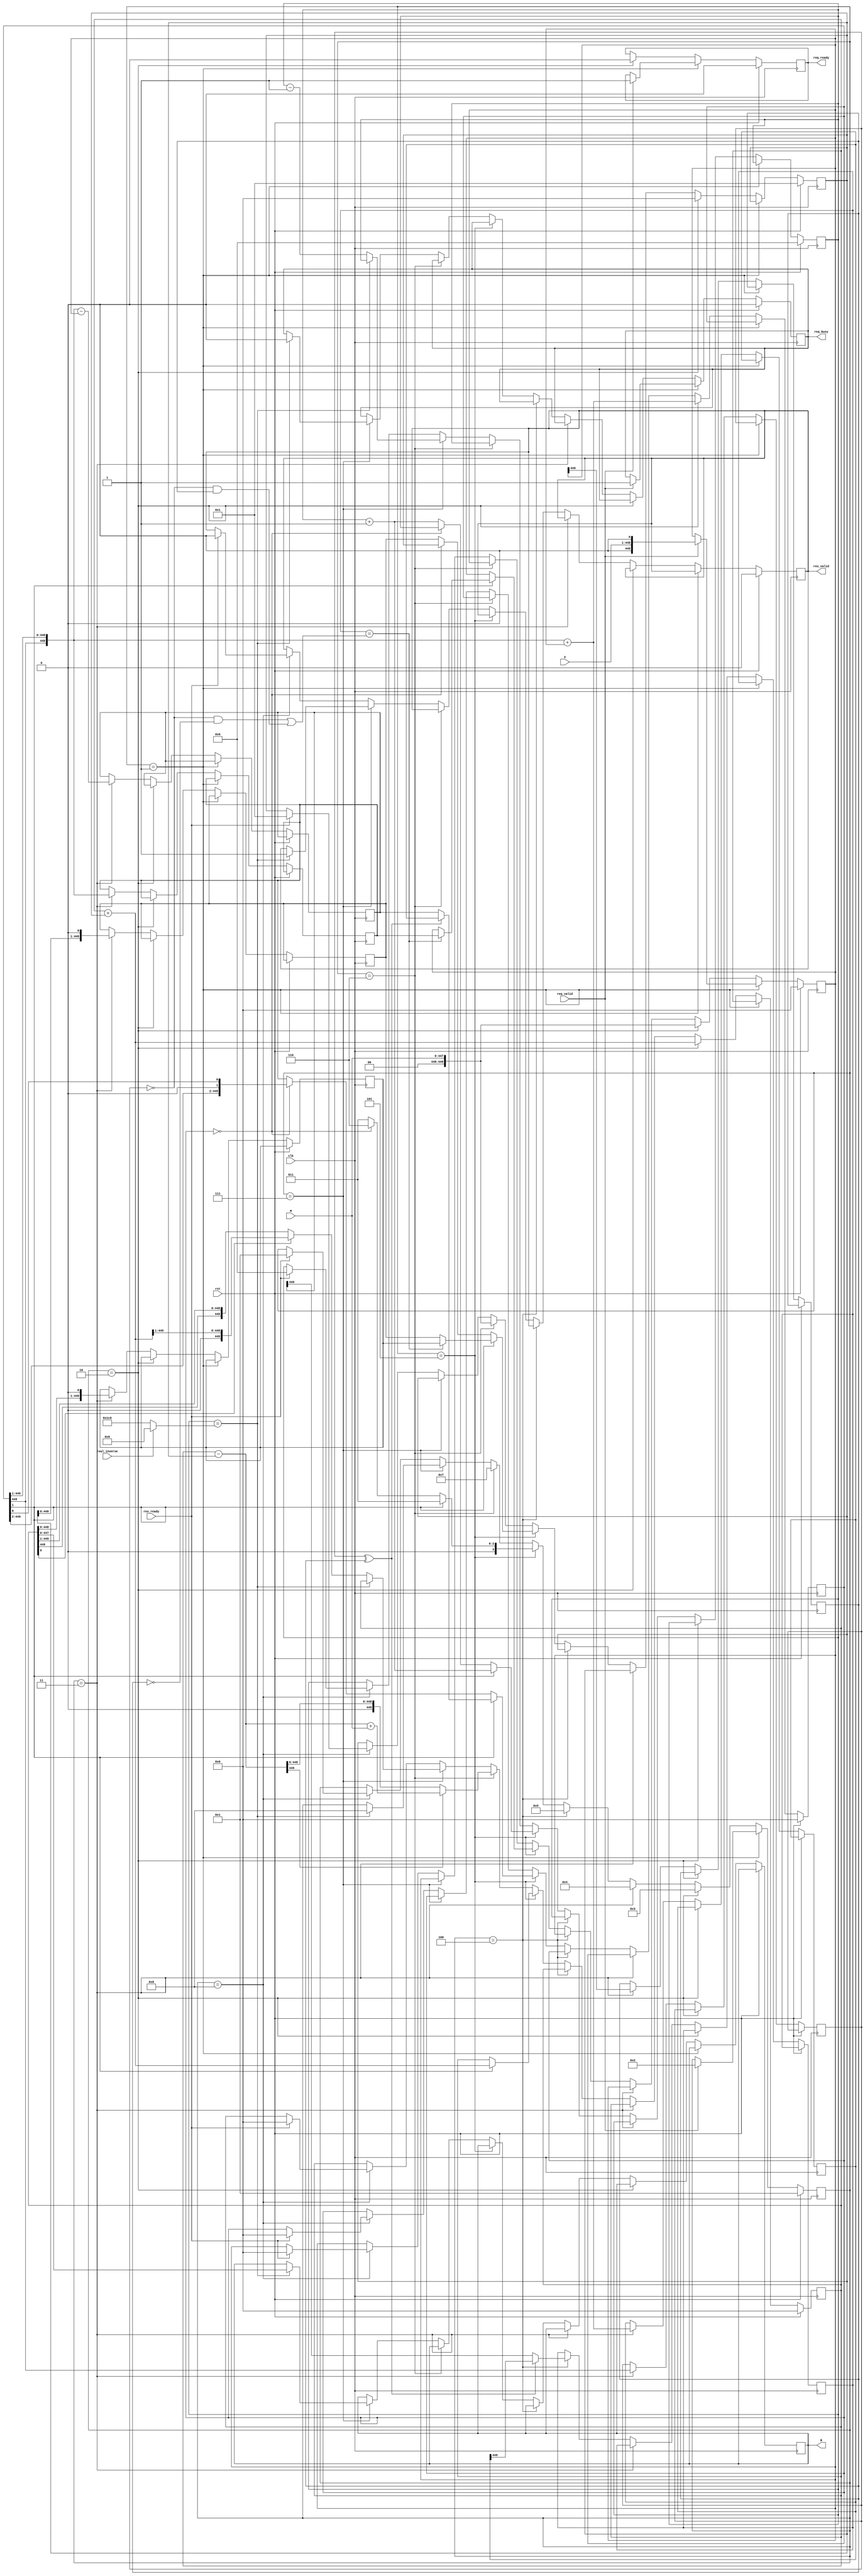
// Montgomery modular imverse implementation based on
//
//  Dormale, G.M. & Bulens, P. & Quisquater, Jean-Jacques. (2005).
//  An improved Montgomery modular inversion targeted for efficient
//  implementation on FPGA. 441 - 444. 10.1109/FPT.2004.1393320. 

// Input X in 1:M-1 and M
// Output R in 1:M-1 where R = Xinv*2^n mod M
//  if real_inverse == false, then n = bit size of M else n = 0
module inv_montgomery #(parameter N = 448)
   (input clk,
    input rst,
    input [N-1:0] X,
    input [N-1:0] M,
    output reg [N-1:0] R,
    input real_inverse,
    input req_valid,
    output reg req_ready,
    output reg req_busy,
    output reg res_valid,
    input res_ready);

   // Phase1
   reg [3:0] state;
   reg [10:0] k;
   wire [10:0] n_ph2;
   reg [(N+2)-1:0] Luv, Ruv, Lrs, Rrs;
   reg [(N+2)-1:0] hLuv, dLuv, hRrs, dRrs, dLrs, addLuv, subLuv;
   wire [(N+2)-1:0] subLrs, hLrs, addLrs;
   reg SLuv, SRuv, nSLuv;
   wire nSLrs;

   assign n_ph2 = (real_inverse) ? 0 : N;

   assign subLrs = Lrs - Rrs;
   assign nSLrs = subLrs[(N+2)-1];
   assign hLrs = { Lrs[(N+2)-1:(N+2)-1], Lrs[(N+2)-1:1] };
   assign addLrs = Lrs + Rrs;
/*
    always @* begin
      if (state == S_PHASE1_END) begin
	 subLrs = Lrs - Rrs;
	 nSLrs = subLrs[(N+2)-1:(N+2)-1];
      end
      else if (state == S_LOOP2) begin
	 hLrs = { Lrs[(N+2)-1:(N+2)-1], Lrs[(N+2)-1:1] };
	 addLrs = Lrs + Rrs;
      end
   end // always @ *
*/
   localparam S_IDLE = 1;
   localparam S_READY = 2;
   localparam S_LOOP1_STEP1 = 3;
   localparam S_LOOP1_STEP2 = 4;
   localparam S_LOOP1_UPDATE = 5;
   localparam S_PHASE1_END = 6;
   localparam S_LOOP2 = 7;
   localparam S_POST = 8;
			
   always @(posedge clk) begin
      //$display($time,,,"istate=%d rst=%d", state, rst);
      
      if (rst) begin
	 state <= S_IDLE;
	 req_ready <= 0;
	 req_busy <= 0;
	 res_valid <= 0;
	 k <= 0;
	 Luv <= 0;
	 Ruv <= 0;
	 Lrs <= 0;
	 Rrs <= 1;
      end
      else if (state == S_IDLE) begin
	 if (req_valid == 1'b1) begin
	    Ruv <= { X, 1'b0 };
	    req_ready <= 1;
	    req_busy <= 1;
	    state <= S_READY;
	 end
      end
      else if (state == S_READY) begin
	 req_ready <= 0;
	 state <= S_LOOP1_STEP1;
	 Luv <= { Luv[(N+2)-1:(N+2)-1], Luv[(N+2)-1:1] } + Ruv;
	 Ruv <= M;
	 Lrs <= Lrs + Rrs;
	 Rrs <= 0;
      end
      else if (state == S_LOOP1_STEP1) begin
	 SLuv <= Luv[(N+2)-1:(N+2)-1];
	 SRuv <= Ruv[(N+2)-1:(N+2)-1];
	 hLuv <= { Luv[(N+2)-1:(N+2)-1], Luv[(N+2)-1:1] };
	 dLuv <= { Luv[(N+2)-2:0], 1'b0 };
	 hRrs <= { Rrs[(N+2)-1:(N+2)-1], Rrs[(N+2)-1:1] };
	 dRrs <= { Rrs[(N+2)-2:0], 1'b0 };
	 dLrs <= { Lrs[(N+2)-2:0], 1'b0 };
	 addLuv <= { Luv[(N+2)-1:(N+2)-1], Luv[(N+2)-1:1] } + Ruv;
	 subLuv <= { Luv[(N+2)-1:(N+2)-1], Luv[(N+2)-1:1] } - Ruv;
	 state <= S_LOOP1_STEP2;
      end
      else if (state == S_LOOP1_STEP2) begin
	 nSLuv = (SLuv ^ SRuv) ? addLuv[(N+2)-1:(N+2)-1] : subLuv[(N+2)-1:(N+2)-1];
	 state <= S_LOOP1_UPDATE;
      end
      else if (state == S_LOOP1_UPDATE) begin
	 //$display("Luv %d Ruv %d Lrs %d Rrs %d k %d", Luv, Ruv, Lrs, Rrs, k);
	 if (Luv[1:1] == 1'b0) begin
	    if (Luv == 0) begin
	       state <=  S_PHASE1_END;
	    end
	    else begin
	       //$display("@0");
	       Luv <= hLuv;
	       Rrs <= dRrs;
	       k <= k + 1;
	       state <=  S_LOOP1_STEP1;
	    end
	 end
	 else begin
	    //$display("@1 addLuv %d subLuv %d %d", addLuv, subLuv, nSLuv);
	    Lrs <= Lrs + Rrs;
	    Luv <= (SLuv ^ SRuv) ? addLuv : subLuv;
	    k <= k + 1;
	    if (nSLuv == ((~SLuv & ~SRuv) | (~SLuv & SRuv))) begin
	       //$display("@2");
	       Ruv <= hLuv;
	       Rrs <= dLrs;
	    end
	    else begin
	       //$display("@3");
	       Rrs <= dRrs;
	    end
	    state <=  S_LOOP1_STEP1;
	 end
      end
      else if (state == S_PHASE1_END) begin
	 Lrs <= (nSLrs == 1'b0) ? subLrs : subLrs + M;
	 Rrs <= M;
	 state <= S_LOOP2;
      end
      else if (state == S_LOOP2) begin
	 //$display("Lrs %d Rrs %d k %d", Lrs, Rrs, k);
	 if (k == n_ph2) begin
	    state <= S_POST;
	    R <= Lrs;
	    res_valid <= 1;
	    req_busy <= 0;
	 end
	 else begin
	    k <= k - 1;
	    Lrs <= (Lrs[0] == 1'b0) ? hLrs : addLrs[(N+2)-1:1];
	 end
      end
      else if (state == S_POST) begin
	 if (res_ready == 1'b1) begin
	    res_valid <= 0;
	    state <= S_IDLE;
	    k <= 0;
	    Luv <= 0;
	    Ruv <= 0;
	    Lrs <= 0;
	    Rrs <= 1;
	 end
      end
   end

endmodule